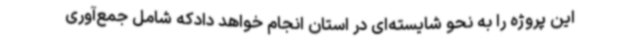
این پروژه را به نحو شایسته‌ای در استان انجام خواهد دادکه شامل جمع‌آوری